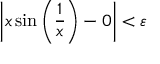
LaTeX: \left| x \sin \left( { \frac { 1 } { x } } \right) - 0 \right| < \varepsilon